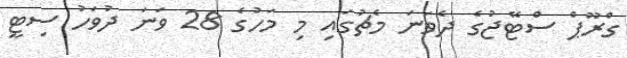
ގްރޫޕް ސްޓޭޖުގެ ދެވަނަ މެޗުގައި މި މަހުގެ 28 ވަނަ ދުވަހު ސިޓީ